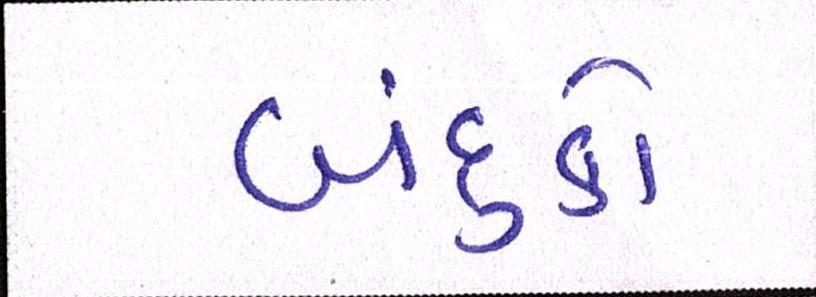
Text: બંદુકો